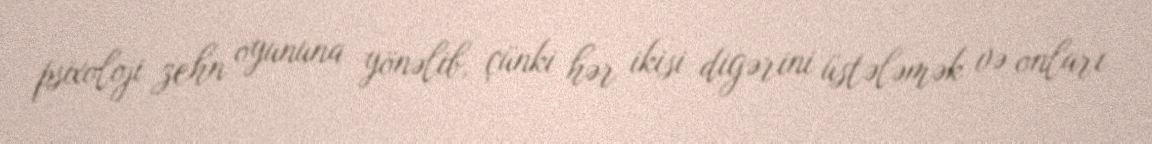
psixoloji zehn oyununa yönəlib, çünki hər ikisi digərini üstələmək və onları